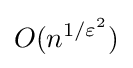
O(n^{1/\varepsilon ^{2}})